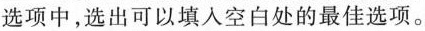
选项中,选出可以填入空白处的最佳选项.